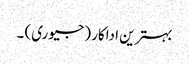
بہترین اداکار (جیوری) ۔